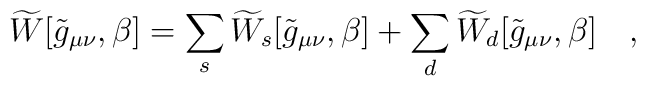
\widetilde{W}[\tilde{g}_{\mu\nu},\beta]=\sum_{s}\widetilde{W}_s[\tilde{g}_{\mu\nu},\beta]+\sum_{d}\widetilde{W}_d[\tilde{g}_{\mu\nu},\beta]~~~,